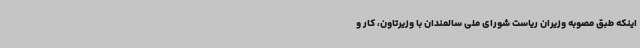
اینکه طبق مصوبه وزیران ریاست شورای ملی سالمندان با وزیرتاون، کار و